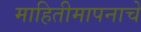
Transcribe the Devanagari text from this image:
माहितीमापनाचे